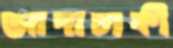
আদাচাকী